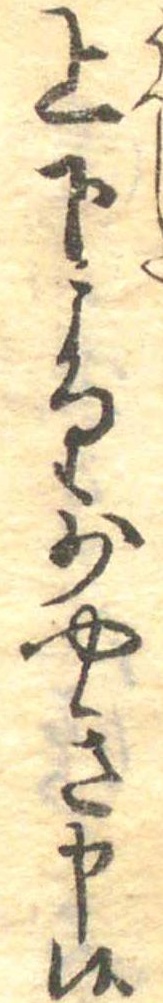
上下より少やき申候